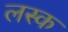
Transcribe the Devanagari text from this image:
लस्क